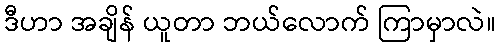
ဒီဟာ အချိန် ယူတာ ဘယ်လောက် ကြာမှာလဲ။